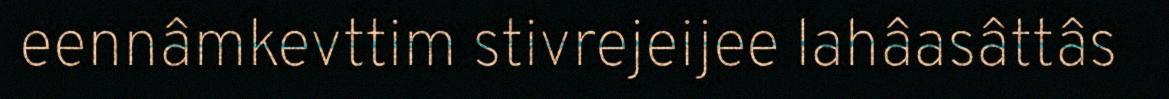
eennâmkevttim stivrejeijee lahâasâttâs